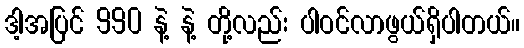
ဒါ့အပြင် 990 နဲ့ နဲ့ တို့လည်း ပါဝင်လာဖွယ်ရှိပါတယ်။